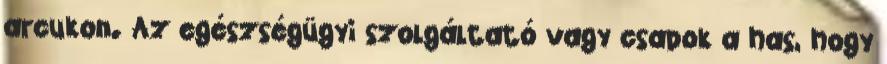
arcukon. Az egészségügyi szolgáltató vagy csapok a has, hogy